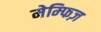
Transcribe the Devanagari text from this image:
मेम्फिज़